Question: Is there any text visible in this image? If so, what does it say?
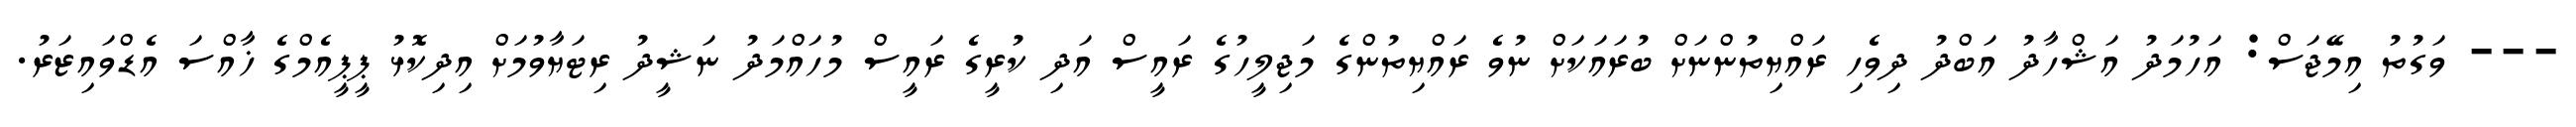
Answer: --- ވަގުތު އިމޭޖަސް: އަހުމަދު އަޝްހާދު އަބްދު ދިވެހި ރައްޔިތުންނަށް ބުރައަކަށް ނުވެ ރައްޔިތުންގެ މަޖިލީހުގެ ރައީސް އަދި ކުރީގެ ރައީސް މުހައްމަދު ނަޝީދު ރިޓަޔާވުމަށް އިދިކޮޅު ޕީޕީއެމްގެ ޚާއްސަ އެޑްވައިޒަރު.